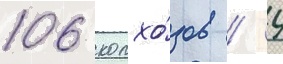
106 колхо́зов / 4